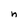
Character: n